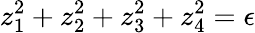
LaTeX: z_{1}^{2}+z_{2}^{2}+z_{3}^{2}+z_{4}^{2}=\epsilon